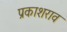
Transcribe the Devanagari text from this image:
प्रकाशराव